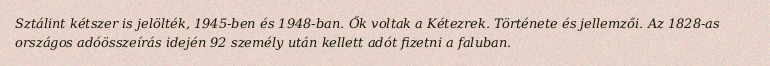
Sztálint kétszer is jelölték, 1945-ben és 1948-ban. Ők voltak a Kétezrek. Története és jellemzői. Az 1828-as országos adóösszeírás idején 92 személy után kellett adót fizetni a faluban.